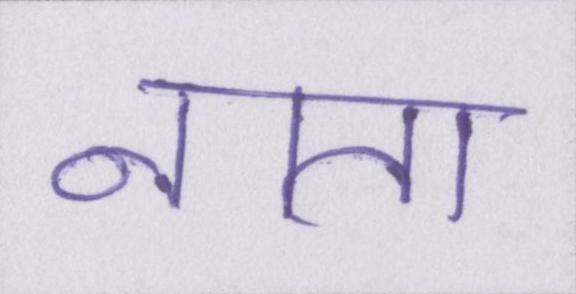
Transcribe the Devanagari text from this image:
नाता